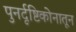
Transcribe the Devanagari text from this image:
पुनर्दृष्टिकोनातून